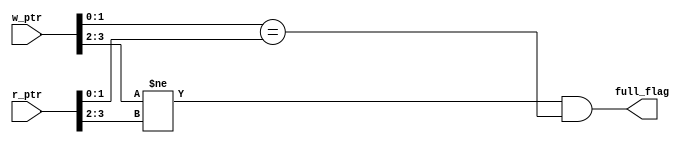
module full_check (
    input wire [3:0]  w_ptr,
    input wire [3:0]  r_ptr,
    output wire       full_flag
);

assign full_flag=(w_ptr[3:2]!=r_ptr[3:2] && w_ptr[1:0]==r_ptr[1:0]);

endmodule